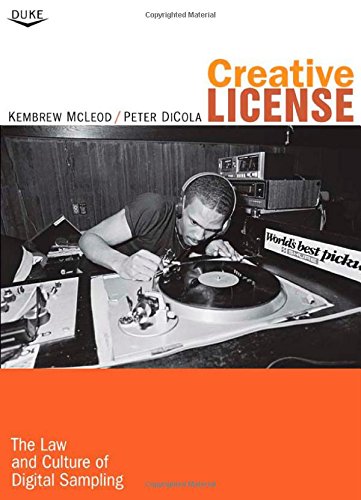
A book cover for Creative License: The Law and Culture of Digital Sampling; Kembrew McLeod; Computers & Technology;